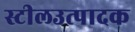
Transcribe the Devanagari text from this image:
स्टीलउत्पादक